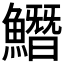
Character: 𩻛